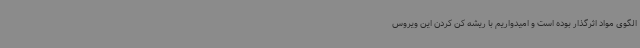
الگوی مواد اثرگذار بوده است و امیدواریم با ریشه کن کردن این ویروس